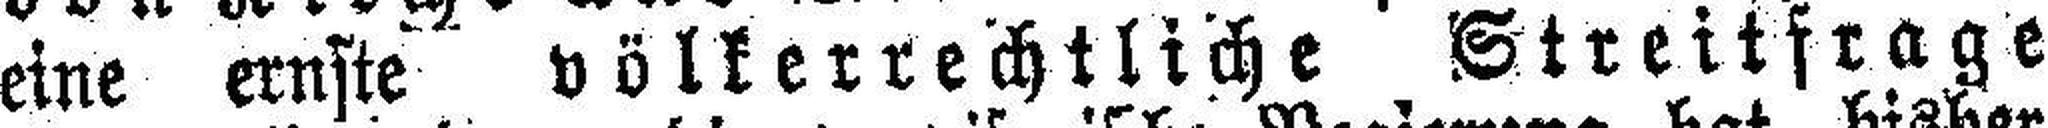
eine ernste völkerrechtliche Streitfrage